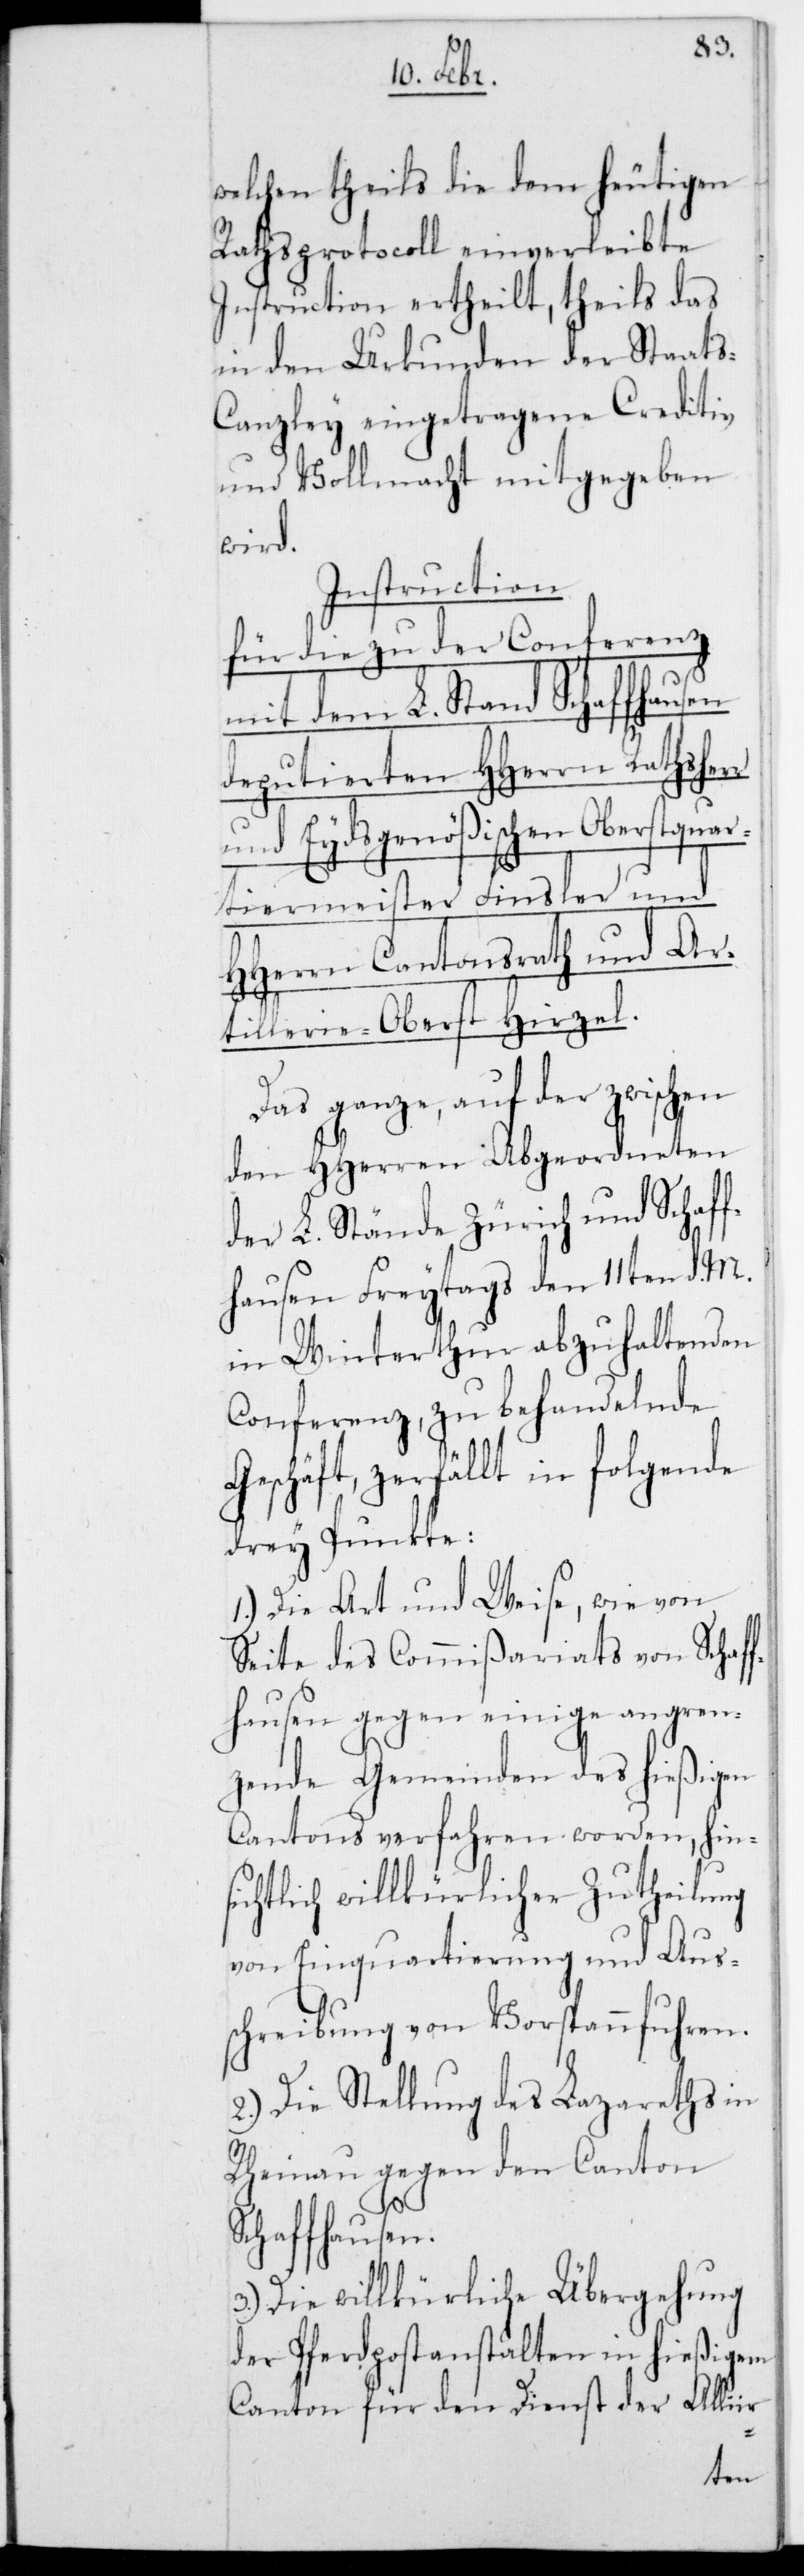
welchen theils die dem heutigen
Rathsprotocoll einverleibte
Instruction ertheilt, theils das
in den Urkunden der Staats¬
canzley eingetragene Creditiv
und Vollmacht mitgegeben
wird.
Instruction
für die zu der Conferenz
mit dem L. Stand Schaffhausen
deputierten HHerrn Rathsherr
und Eydsgenößischen Oberstquar¬
tiermeister Finsler und
HHerrn Cantonsrath und Ar¬
tillerie-Oberst Hirzel.
Das ganze auf der zwischen
den HHerren Abgeordneten
der L. Stände Zürich und Schaff¬
hausen Freitags den 11ten d. M.
in Winterthur abzuhaltenden
Conferenz, zu behandelnde
Geschäft, zerfällt in folgende
drey Punkte:
1.) Die Art und Weise, wie von
Seite des Commißariats von Schaff¬
hausen gegen einige angren¬
zende Gemeinden des hießigen
Cantons verfahren worden, hins¬
ichtlich Willkührlicher Zutheilung
von Einquartierung und Aus¬
schreibung von Vorspannfuhren.
2.) Die Stellung des Lazareths in
Rheinau gegen den Canton
Schaffhausen.
Die Willkührliche Übergehung
der Pferdpostanstalten in hießigem
Canton für den Dienst der Alliir-